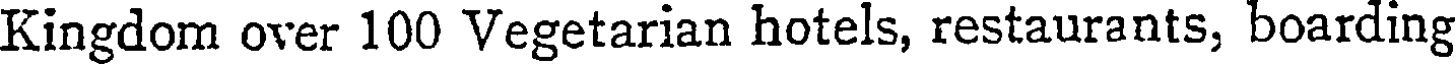
Kingdom over 100 Vegetarian hotels, restaurants, boarding